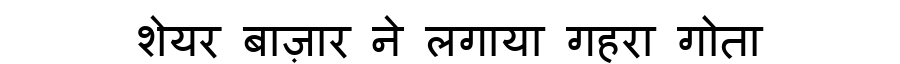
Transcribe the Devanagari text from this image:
शेयर बाज़ार ने लगाया गहरा गोता